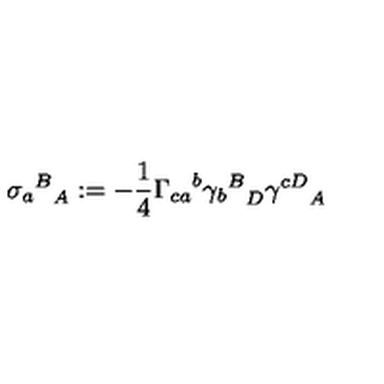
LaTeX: { { \sigma _ { a } } ^ { B } } _ { A } : = - \frac { 1 } { 4 } { \Gamma _ { c a } } ^ { b } { { \gamma _ { b } } ^ { B } } _ { D } { \gamma ^ { c D } } _ { A }